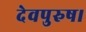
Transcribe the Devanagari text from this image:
देवपुरुष।